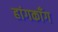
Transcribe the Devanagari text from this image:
हांगकाँग